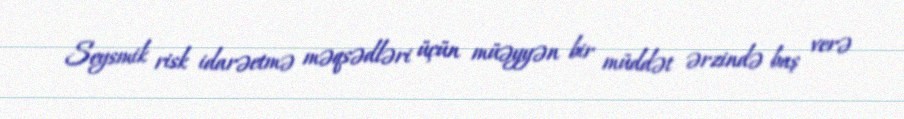
Seysmik risk idarəetmə məqsədləri üçün müəyyən bir müddət ərzində baş verə